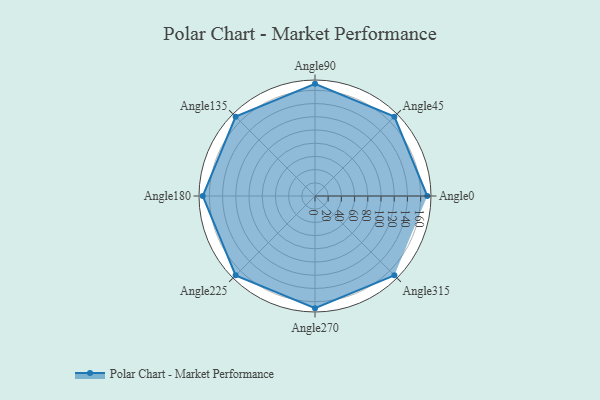
{"axis": {"x": "Angle", "y": "Radius"}, "legend": [""], "data": [{"x": "Angle0", "y": 170, "type": ""}, {"x": "Angle45", "y": 170, "type": ""}, {"x": "Angle90", "y": 170, "type": ""}, {"x": "Angle135", "y": 170, "type": ""}, {"x": "Angle180", "y": 170, "type": ""}, {"x": "Angle225", "y": 170, "type": ""}, {"x": "Angle270", "y": 170, "type": ""}, {"x": "Angle315", "y": 170, "type": ""}]}